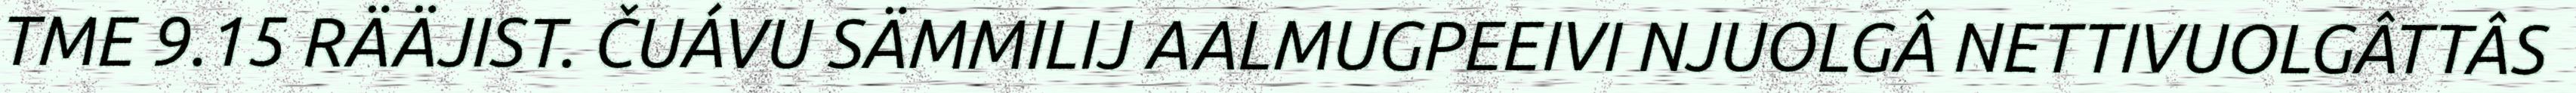
TME 9.15 RÄÄJIST. ČUÁVU SÄMMILIJ AALMUGPEEIVI NJUOLGÂ NETTIVUOLGÂTTÂS